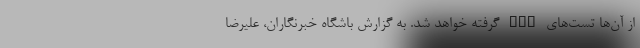
از آن‌ها تست‌های PCR گرفته خواهد شد. به گزارش باشگاه خبرنگاران، علیرضا